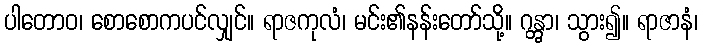
ပါတောဝ၊ စောစောကပင်လျှင်။ ရာဇကုလံ၊ မင်း၏နန်းတော်သို့။ ဂန္တွာ၊ သွား၍။ ရာဇာနံ၊